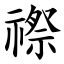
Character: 䄞